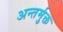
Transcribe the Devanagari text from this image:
अन्तर्मुक्त